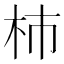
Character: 杮